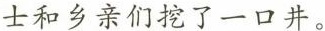
士和乡亲们挖了一口井。